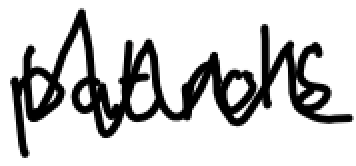
Text: patrols
Cross-out: zig-zag
Writing tool: digital_black